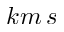
k m \, s